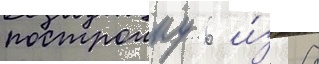
построику 6 и́з 8